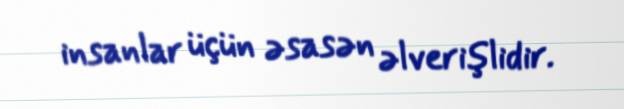
insanlar üçün əsasən əlverişlidir.